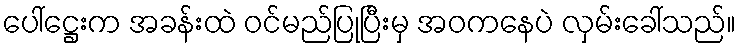
ပေါ်ဋ္ဌေးက အခန်းထဲ ဝင်မည်ပြုပြီးမှ အဝကနေပဲ လှမ်းခေါ်သည်။